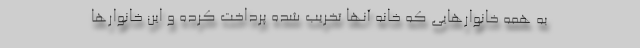
به همه خانوارهایی که خانه آنها تخریب شده پرداخت کرده و این خانوارها